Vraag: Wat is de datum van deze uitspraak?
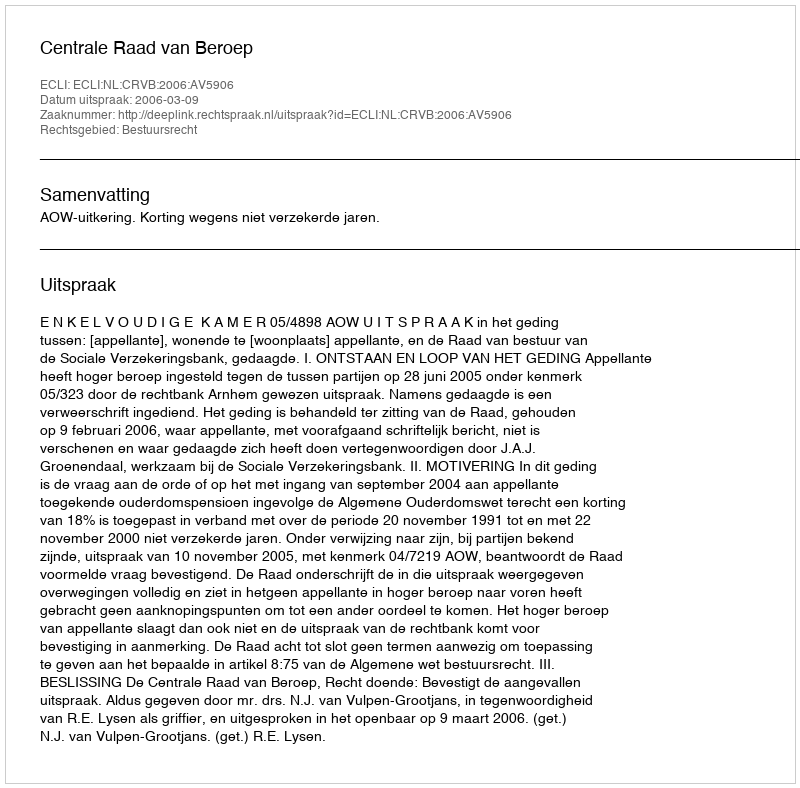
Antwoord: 2006-03-09